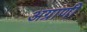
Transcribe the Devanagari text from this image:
अग्राणी